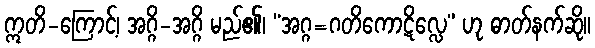
ဣတိ-ကြောင့်၊ အဂ္ဂိ-အဂ္ဂိ မည်၏၊ “အဂ္ဂ=ဂတိကောဋိလ္လေ” ဟု ဓာတ်နက်ဆို။